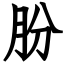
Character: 朌